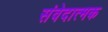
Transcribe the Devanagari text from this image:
संवेदात्मक